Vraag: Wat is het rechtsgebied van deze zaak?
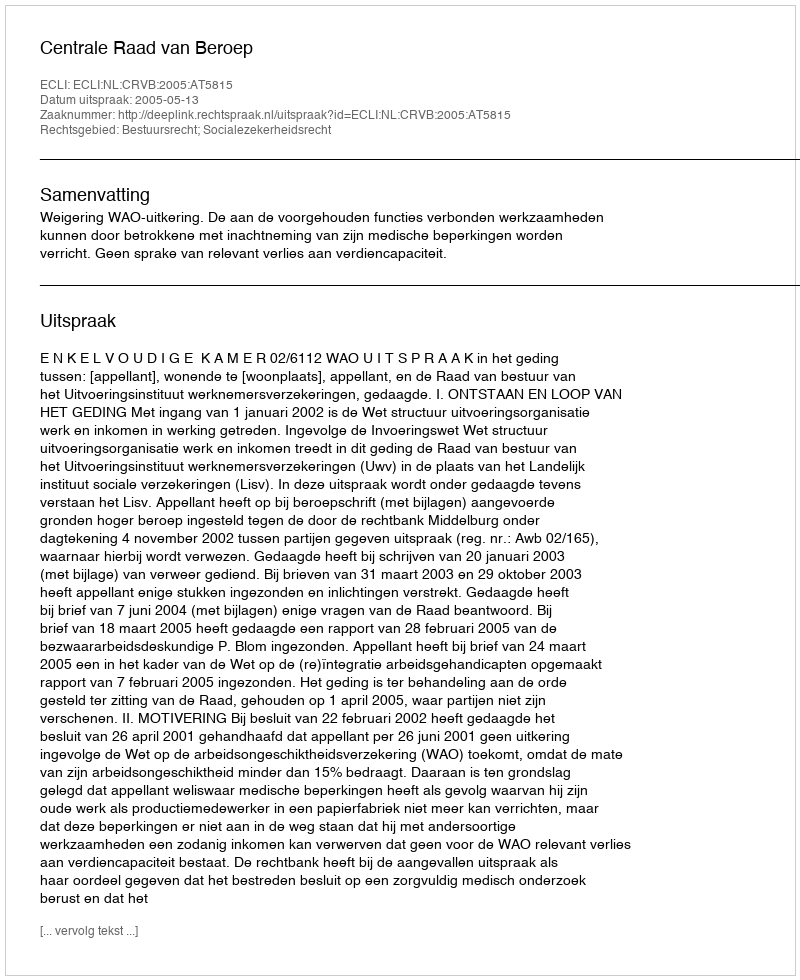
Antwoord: Bestuursrecht; Socialezekerheidsrecht